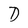
Character: D